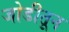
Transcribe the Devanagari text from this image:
जोडीतून